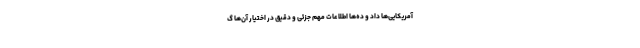
آمریکایی‌ها داد و ده‌ها اطلاعات مهم جزئی و دقیق در اختیار آن‌ها گ